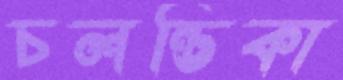
চলন্তিকা